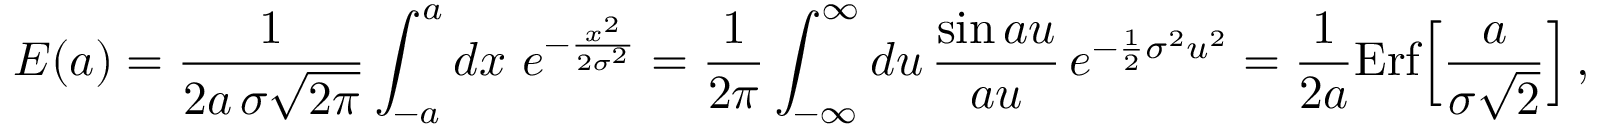
E ( a ) = { \frac { 1 } { 2 a \, \sigma \sqrt { 2 \pi } } } \int _ { - a } ^ { a } d x \ e ^ { - { \frac { x ^ { 2 } } { 2 \sigma ^ { 2 } } } } = { \frac { 1 } { 2 \pi } } \int _ { - \infty } ^ { \infty } d u \, { \frac { \sin a u } { a u } } \, e ^ { - { \frac { 1 } { 2 } } \sigma ^ { 2 } u ^ { 2 } } = { \frac { 1 } { 2 a } } \mathrm { E r f } \Big [ { \frac { a } { \sigma \sqrt 2 } } \Big ] \, ,